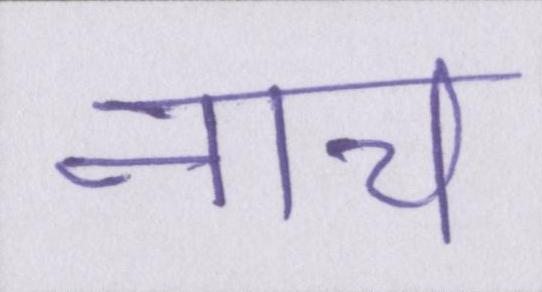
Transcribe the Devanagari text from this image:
नाच